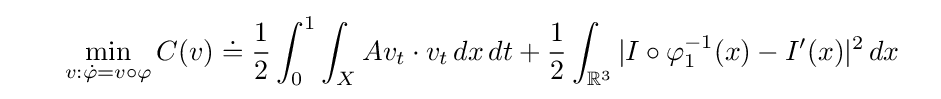
{\begin{aligned}&\ \ \ \ \ \min _{v:{\dot {\varphi }}=v\circ \varphi }C(v)\doteq {\frac {1}{2}}\int _{0}^{1}\int _{X}Av_{t}\cdot v_{t}\,dx\,dt+{\frac {1}{2}}\int _{{\mathbb {R} }^{3}}|I\circ \varphi _{1}^{-1}(x)-I^{\prime }(x)|^{2}\,dx\end{aligned}}